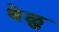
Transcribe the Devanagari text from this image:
बेळु